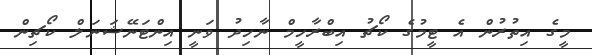
މީގެ އިތުރުން އެ ޓީމުގެ ކޯޗު އިބްރާހީމް ނާހިދު ވަނީ އިންޓަނޭޝަނަލް ކޯޗިން